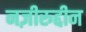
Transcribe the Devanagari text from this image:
नज़ीरुद्दीन